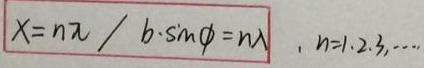
$X = n\lambda / b\cdot\sin\phi = n\lambda, n = 1,2,3,\cdots$